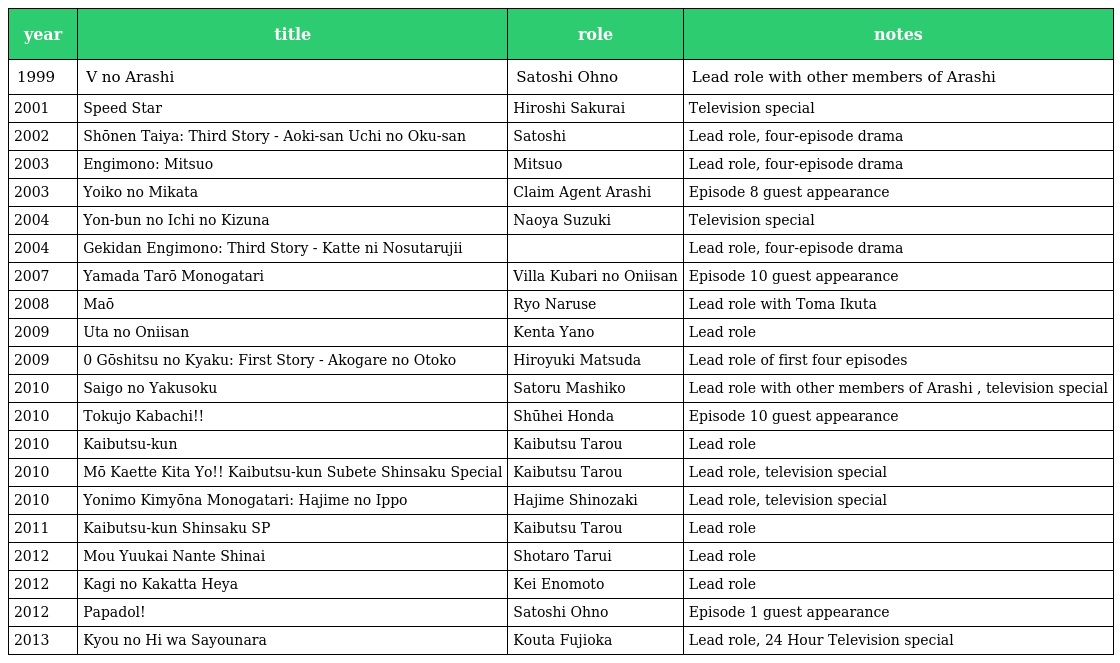
| year | title | role | notes |
 | --- | --- | --- | --- |
 | 1999 | V no Arashi | Satoshi Ohno | Lead role with other members of Arashi |
 | 2001 | Speed Star | Hiroshi Sakurai | Television special |
 | 2002 | Shōnen Taiya: Third Story - Aoki-san Uchi no Oku-san | Satoshi | Lead role, four-episode drama |
 | 2003 | Engimono: Mitsuo | Mitsuo | Lead role, four-episode drama |
 | 2003 | Yoiko no Mikata | Claim Agent Arashi | Episode 8 guest appearance |
 | 2004 | Yon-bun no Ichi no Kizuna | Naoya Suzuki | Television special |
 | 2004 | Gekidan Engimono: Third Story - Katte ni Nosutarujii |  | Lead role, four-episode drama |
 | 2007 | Yamada Tarō Monogatari | Villa Kubari no Oniisan | Episode 10 guest appearance |
 | 2008 | Maō | Ryo Naruse | Lead role with Toma Ikuta |
 | 2009 | Uta no Oniisan | Kenta Yano | Lead role |
 | 2009 | 0 Gōshitsu no Kyaku: First Story - Akogare no Otoko | Hiroyuki Matsuda | Lead role of first four episodes |
 | 2010 | Saigo no Yakusoku | Satoru Mashiko | Lead role with other members of Arashi , television special |
 | 2010 | Tokujo Kabachi!! | Shūhei Honda | Episode 10 guest appearance |
 | 2010 | Kaibutsu-kun | Kaibutsu Tarou | Lead role |
 | 2010 | Mō Kaette Kita Yo!! Kaibutsu-kun Subete Shinsaku Special | Kaibutsu Tarou | Lead role, television special |
 | 2010 | Yonimo Kimyōna Monogatari: Hajime no Ippo | Hajime Shinozaki | Lead role, television special |
 | 2011 | Kaibutsu-kun Shinsaku SP | Kaibutsu Tarou | Lead role |
 | 2012 | Mou Yuukai Nante Shinai | Shotaro Tarui | Lead role |
 | 2012 | Kagi no Kakatta Heya | Kei Enomoto | Lead role |
 | 2012 | Papadol! | Satoshi Ohno | Episode 1 guest appearance |
 | 2013 | Kyou no Hi wa Sayounara | Kouta Fujioka | Lead role, 24 Hour Television special |